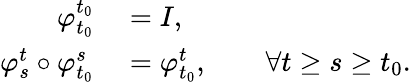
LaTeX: \begin{array}{rl}{\varphi_{t_{0}}^{t_{0}}}&{{}=I,}\\ {\varphi_{s}^{t}\circ\varphi_{t_{0}}^{s}}&{{}=\varphi_{t_{0}}^{t},\qquad\forall t\geq s\geq t_{0}.}\end{array}